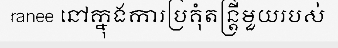
ranee នៅក្នុងការប្រគុំតន្ត្រីមួយរបស់